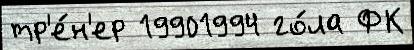
тр'е́н'ер 19901994 го́ла ФК